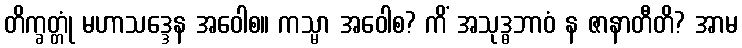
တိက္ခတ္တုံ မဟာသဒ္ဒေန အဝေါစ။ ကသ္မာ အဝေါစ? ကိံ အသုဒ္ဓဘာဝံ န ဇာနာတီတိ? အာမ